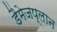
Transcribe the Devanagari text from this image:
डैमेजप्लान